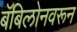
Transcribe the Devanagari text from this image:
बॅबिलोनवरून